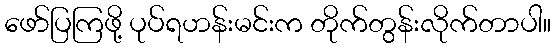
ဖော်ပြကြဖို့ ပုပ်ရဟန်းမင်းက တိုက်တွန်းလိုက်တာပါ။